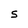
Character: S